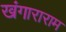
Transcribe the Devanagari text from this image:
खंगाराराम